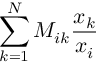
\sum _ { k = 1 } ^ { N } M _ { i k } \frac { x _ { k } } { x _ { i } }